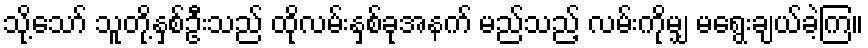
သို့သော် သူတို့နှစ်ဦးသည် ထိုလမ်းနှစ်ခုအနက် မည်သည့် လမ်းကိုမျှ မရွေးချယ်ခဲ့ကြ။